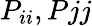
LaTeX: P_{ii},P{jj}